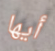
أيها